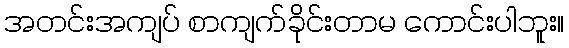
အတင်းအကျပ် စာကျက်ခိုင်းတာမ ကောင်းပါဘူး။